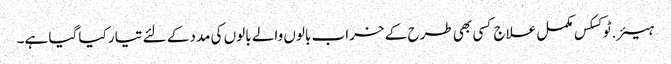
ہیئر.ٹوکسکس مکمل علاج کسی بھی طرح کے خراب بالوں والے بالوں کی مدد کے لئے تیار کیا گیا ہے۔